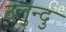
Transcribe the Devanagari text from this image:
उलुन्दु